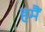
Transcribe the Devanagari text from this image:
हमैं